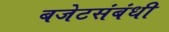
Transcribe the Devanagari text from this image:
बजेटसंबंधी